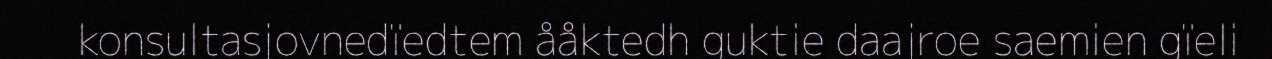
konsultasjovnedïedtem ååktedh guktie daajroe saemien gïeli